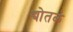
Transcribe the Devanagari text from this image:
द्योतकं